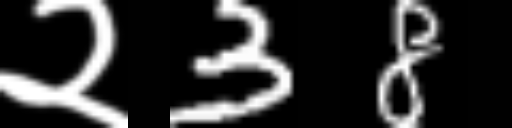
Text: २38